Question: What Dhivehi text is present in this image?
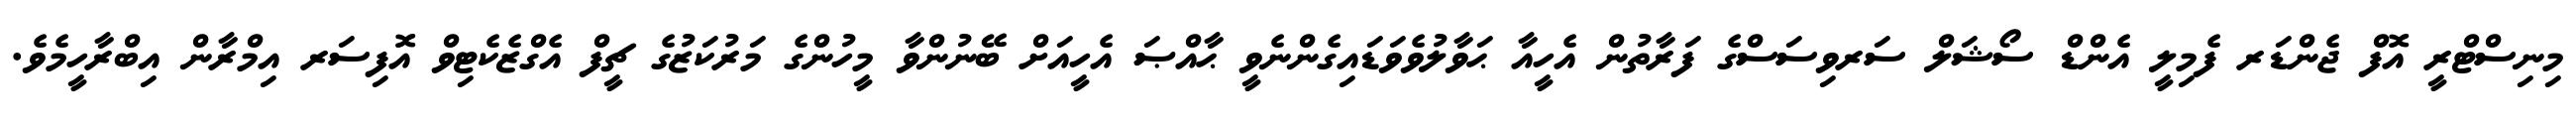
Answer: މިނިސްޓްރީ އޮފް ޖެންޑަރ ފެމިލީ އެންޑް ސޯޝަލް ސަރވިސަސްގެ ފަރާތުން އެހީއާ ޙަވާލުވެވަޑައިގެންނެވީ ޙާއްޞަ އެހީއަށް ބޭނުންވާ މީހުންގެ މަރުކަޒުގެ ޗީފް އެގްޒެކެޓިވް އޮފިސަރ އިމްރާން އިބްރާހީމެވެ.